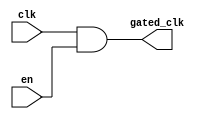
module clock_gating_buffer (
    input wire clk,        // Primary clock signal
    input wire en,         // Enable signal for clock gating
    output wire gated_clk   // Gated clock output
);

// Clock gating logic using an AND gate
assign gated_clk = clk & en;

// Alternatively, if you want to implement using a multiplexer, you can use the following code:
// assign gated_clk = en ? clk : 1'b0;

endmodule